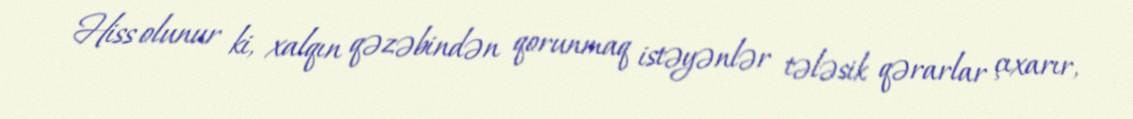
Hiss olunur ki, xalqın qəzəbindən qorunmaq istəyənlər tələsik qərarlar çıxarır,